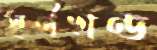
স্বর্ণখণ্ড